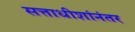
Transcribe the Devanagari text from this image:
सत्ताधीशांनंतर